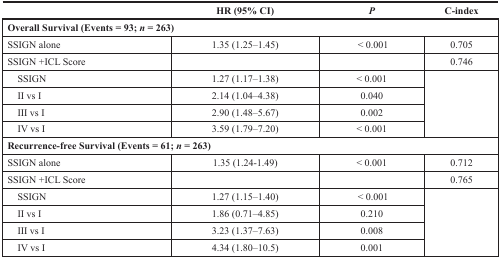
<table><thead><tr><td></td><td><b>HR (95% CI)</b></td><td><b><i>P</i></b></td><td><b>C-index</b></td></tr></thead><tbody><tr><td colspan="4"><b>Overall Survival (Events = 93; <i>n</i> = 263)</b></td></tr><tr><td>SSIGN alone</td><td>1.35 (1.25–1.45)</td><td>&lt; 0.001</td><td>0.705</td></tr><tr><td>SSIGN +ICL Score</td><td></td><td></td><td>0.746</td></tr><tr><td> SSIGN</td><td>1.27 (1.17–1.38)</td><td>&lt; 0.001</td><td rowspan="4"></td></tr><tr><td> II vs I</td><td>2.14 (1.04–4.38)</td><td>0.040</td></tr><tr><td> III vs I</td><td>2.90 (1.48–5.67)</td><td>0.002</td></tr><tr><td> IV vs I</td><td>3.59 (1.79–7.20)</td><td>&lt; 0.001</td></tr><tr><td colspan="4"><b>Recurrence-free Survival (Events = 61; <i>n</i> = 263)</b></td></tr><tr><td>SSIGN alone</td><td>1.35 (1.24-1.49)</td><td>&lt; 0.001</td><td>0.712</td></tr><tr><td>SSIGN +ICL Score</td><td></td><td></td><td>0.765</td></tr><tr><td> SSIGN</td><td>1.27 (1.15–1.40)</td><td>&lt; 0.001</td><td rowspan="4"></td></tr><tr><td> II vs I</td><td>1.86 (0.71–4.85)</td><td>0.210</td></tr><tr><td> III vs I</td><td>3.23 (1.37–7.63)</td><td>0.008</td></tr><tr><td> IV vs I</td><td>4.34 (1.80–10.5)</td><td>0.001</td></tr></tbody></table>